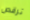
ترقص